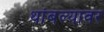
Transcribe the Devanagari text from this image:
थांबल्यावर